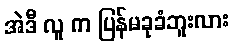
အဲဒီ လူ က ပြန်မခုခံဘူးလား